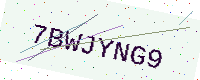
Text: 7BWJYNG9